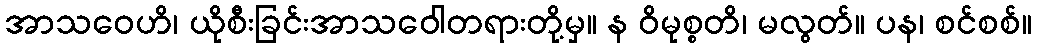
အာသဝေဟိ၊ ယိုစီးခြင်းအာသဝေါတရားတို့မှ။ န ဝိမုစ္စတိ၊ မလွတ်။ ပန၊ စင်စစ်။